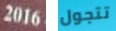
2016 تتجول